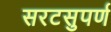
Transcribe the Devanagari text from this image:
सरटसुपर्ण